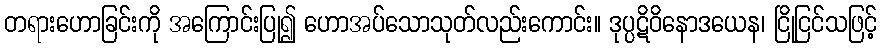
တရားဟောခြင်းကို အကြောင်းပြု၍ ဟောအပ်သောသုတ်လည်းကောင်း။ ဒုပ္ပဋိဝိနောဒယေန၊ ငြိုငြင်သဖြင့်